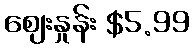
ဈေးနှုန်း $5.99